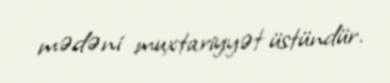
mədəni muxtariyyət üstündür.